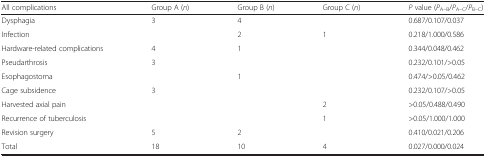
<table><thead><tr><td><b>All complications</b></td><td><b>Group A (<i>n</i>)</b></td><td><b>Group B (<i>n</i>)</b></td><td><b>Group C (<i>n</i>)</b></td><td><b><i>P</i> value (<i>P</i><sub>A–B</sub>/<i>P</i><sub>A–C</sub>/<i>P</i><sub>B–C</sub>)</b></td></tr></thead><tbody><tr><td>Dysphagia</td><td>3</td><td>4</td><td></td><td>0.687/0.107/0.037</td></tr><tr><td>Infection</td><td></td><td>2</td><td>1</td><td>0.218/1.000/0.586</td></tr><tr><td>Hardware-related complications</td><td>4</td><td>1</td><td></td><td>0.344/0.048/0.462</td></tr><tr><td>Pseudarthrosis</td><td>3</td><td></td><td></td><td>0.232/0.101/&gt;0.05</td></tr><tr><td>Esophagostoma</td><td></td><td>1</td><td></td><td>0.474/&gt;0.05/0.462</td></tr><tr><td>Cage subsidence</td><td>3</td><td></td><td></td><td>0.232/0.107/&gt;0.05</td></tr><tr><td>Harvested axial pain</td><td></td><td></td><td>2</td><td>&gt;0.05/0.488/0.490</td></tr><tr><td>Recurrence of tuberculosis</td><td></td><td></td><td>1</td><td>&gt;0.05/1.000/1.000</td></tr><tr><td>Revision surgery</td><td>5</td><td>2</td><td></td><td>0.410/0.021/0.206</td></tr><tr><td>Total</td><td>18</td><td>10</td><td>4</td><td>0.027/0.000/0.024</td></tr></tbody></table>